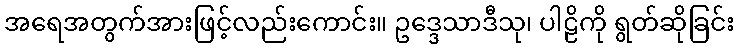
အရေအတွက်အားဖြင့်လည်းကောင်း။ ဥဒ္ဒေသာဒီသု၊ ပါဠိကို ရွတ်ဆိုခြင်း